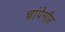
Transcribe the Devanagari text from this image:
चांपेगौर